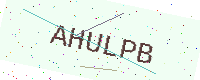
Text: AHULPB